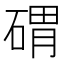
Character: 𱴚